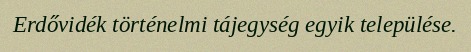
Erdővidék történelmi tájegység egyik települése.